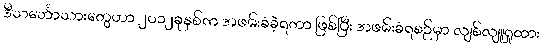
ဒီသင်္ဘောသားတွေဟာ ၂၀၁၂ခုနှစ်က အဖမ်းခံခဲ့ရတာ ဖြစ်ပြီး အဖမ်းခံရစဉ်မှာ လျစ်လျူရှုထား